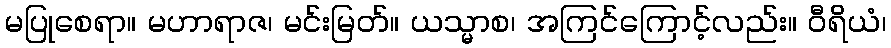
မပြုစေရာ။ မဟာရာဇ၊ မင်းမြတ်။ ယသ္မာစ၊ အကြင်ကြောင့်လည်း။ ဝီရိယံ၊